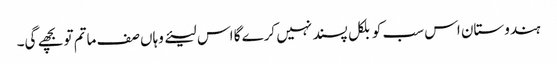
ہندوستان اس سب کو بلکل پسند نہیں کرے گا اس لیئے وہاں صف ماتم تو بچھے گی۔